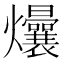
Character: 𬋟